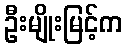
ဦးမျိုးမြင့်က